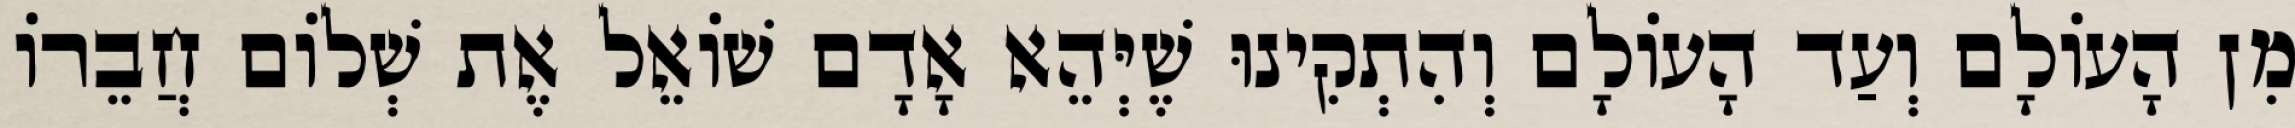
מִן הָעוֹלָם וְעַד הָעוֹלָם וְהִתְקִינוּ שֶׁיְּהֵא אָדָם שׁוֹאֵל אֶת שְׁלוֹם חֲבֵרוֹ